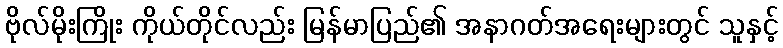
ဗိုလ်မိုးကြိုး ကိုယ်တိုင်လည်း မြန်မာပြည်၏ အနာဂတ်အရေးများတွင် သူနှင့်